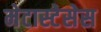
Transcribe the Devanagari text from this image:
मेटास्टेसेस